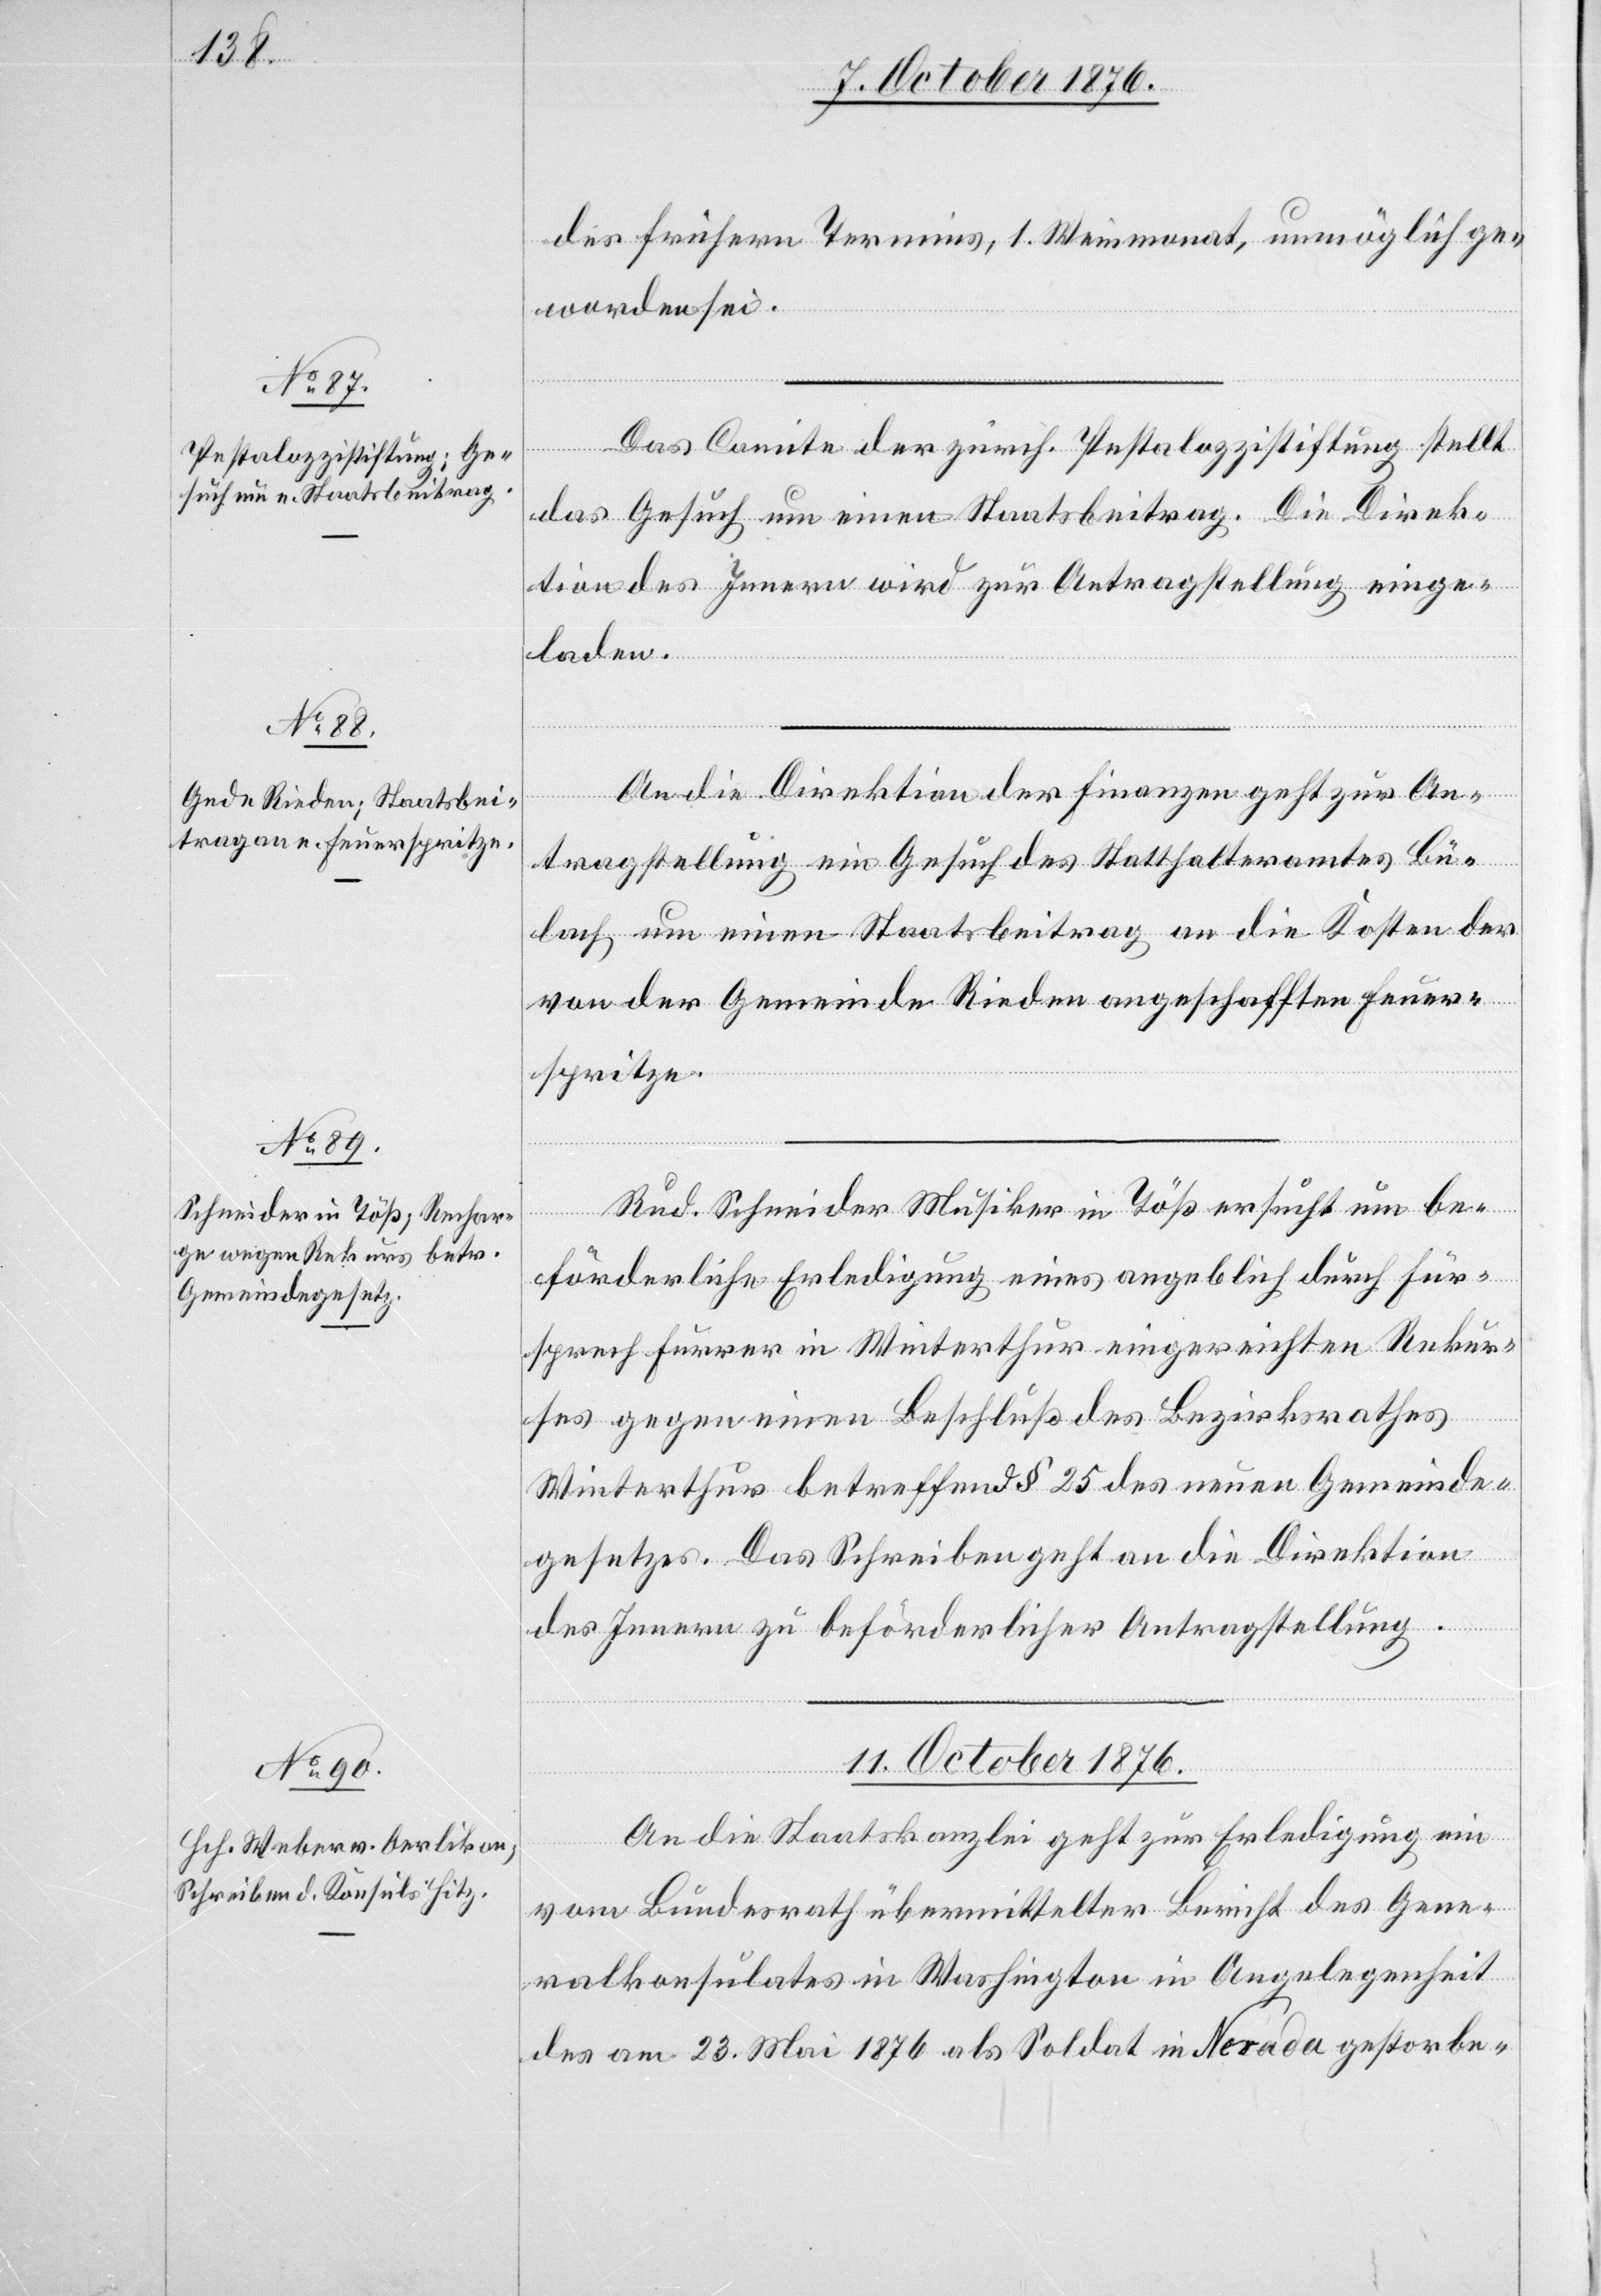
des frühern Termins, 1. Weinmonat, unmöglich ge¬
worden sei.
Das Comite der zürch. Pestalozzistiftung stellt
das Gesuch um einen Staatsbeitrag. Die Direk¬
tion des Innern wird zur Antragstellung einge¬
laden.
An die Direktion der Finanzen geht zur An¬
tragstellung ein Gesuch des Statthalteramtes Bü¬
lach um einen Staatsbeitrag an die Kosten der
von der Gemeinde Rieden angeschafften Feuer¬
spritze.
Rud. Schneider Musiker in Töß ersucht um be¬
förderliche Erledigung eines angeblich durch Für¬
sprech Furrer in Winterthur eingereichten Rekur¬
ses gegen einen Beschluß des Bezirksrathes
Winterthur betreffend § 25 des neuen Gemeinde¬
gesetzes. Das Schreiben geht an die Direktion
des Innern zu beförderlicher Antragstellung.
11. October 1876.
An die Staatskanzlei geht zur Erledigung ein
vom Bundesrathe übermittelter Bericht des Gene¬
ralkonsulates in Washington in Angelegenheit
des am 23. Mai 1876 als Soldat in Nevada gestorbe-